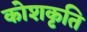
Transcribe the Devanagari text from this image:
कोशकृति